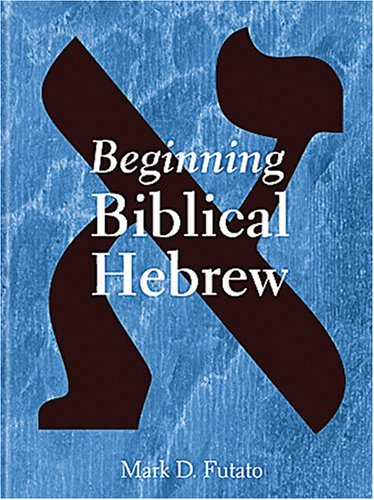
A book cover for Beginning Biblical Hebrew; Mark David Futato; Christian Books & Bibles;